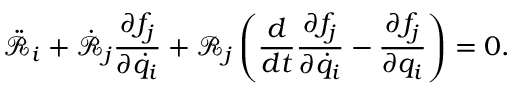
\ddot { \mathcal { R } } _ { i } + \dot { \mathcal { R } } _ { j } \frac { \partial f _ { j } } { \partial \dot { q } _ { i } } + \mathcal { R } _ { j } \left( \frac { d } { d t } \frac { \partial f _ { j } } { \partial \dot { q } _ { i } } - \frac { \partial f _ { j } } { \partial q _ { i } } \right) = 0 .